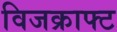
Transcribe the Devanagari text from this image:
विजक्राफ्ट